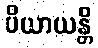
ပိယာယန္တိ